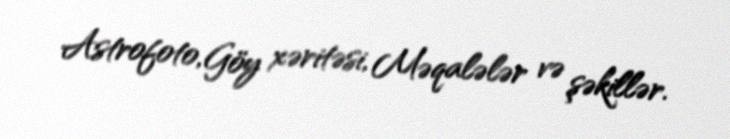
Astrofoto, Göy xəritəsi, Məqalələr və şəkillər.